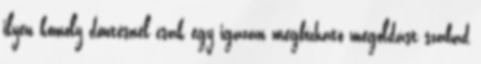
ilyen komoly döntésnél csak egy igazán megbízható megoldást szabad